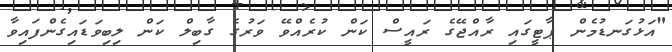
"އަޅުގަނޑުމެން ޕާޓީގައިި ރާއްޖޭގެ ރައީސް ކަން ކުރެއްވޭ ވަރުގެ ގާބިލް ކަން ލިބިވަޑައިގެންފައިވާ